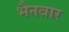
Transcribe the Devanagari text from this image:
भैनवार